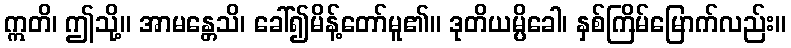
ဣတိ၊ ဤသို့။ အာမန္တေသိ၊ ခေါ်၍မိန့်တော်မူ၏။ ဒုတိယမ္ပိခေါ၊ နှစ်ကြိမ်မြောက်လည်း။